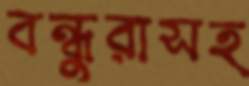
বন্ধুরাসহ